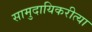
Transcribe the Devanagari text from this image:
सामुदायिकरीत्या